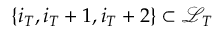
\{ i _ { T } , i _ { T } + 1 , i _ { T } + 2 \} \subset \mathcal { L } _ { T }